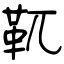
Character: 靰